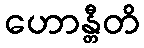
ဟောန္တီတိ